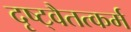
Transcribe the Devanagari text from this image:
दृष्ट्वैतत्कर्म